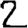
Digit: 2